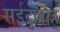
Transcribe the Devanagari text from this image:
सईदुल्लाह्